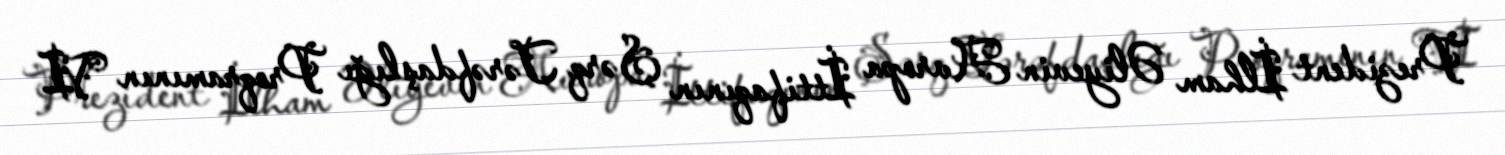
Prezident İlham Əliyevin Avropa İttifaqının Şərq Tərəfdaşlığı Proqramının VI